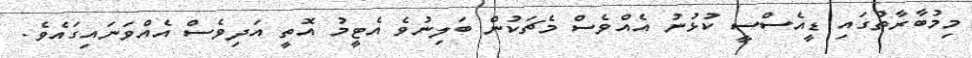
މިމުބާރާތުގައި ޑީއެސްސީ ކުޅުނު އެއްވެސް މެޗަކުން ބަލިނުވެ އެޓީމު އޮތީ އަދިވެސް އެއްވަނައިގައެވެ.